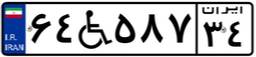
۸۶W۶۸۱۸۵